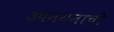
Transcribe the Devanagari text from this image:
उपनयनाची